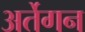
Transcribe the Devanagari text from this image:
अर्तेगन